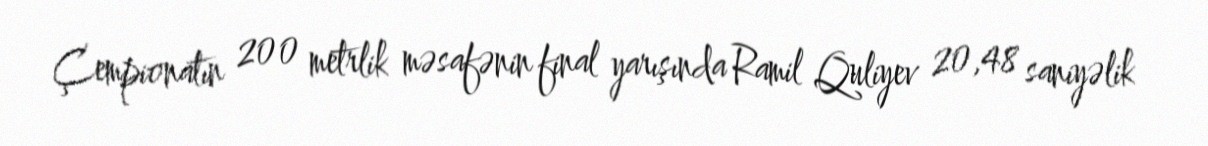
Çempionatın 200 metrlik məsafənin final yarışında Ramil Quliyev 20,48 saniyəlik